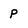
Character: p